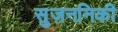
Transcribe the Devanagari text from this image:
सुज़ननिकी